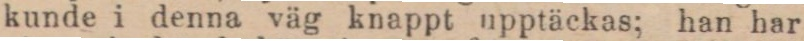
kunde i denna väg knappt upptäckas; han har